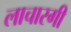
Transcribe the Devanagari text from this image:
लाचारगी